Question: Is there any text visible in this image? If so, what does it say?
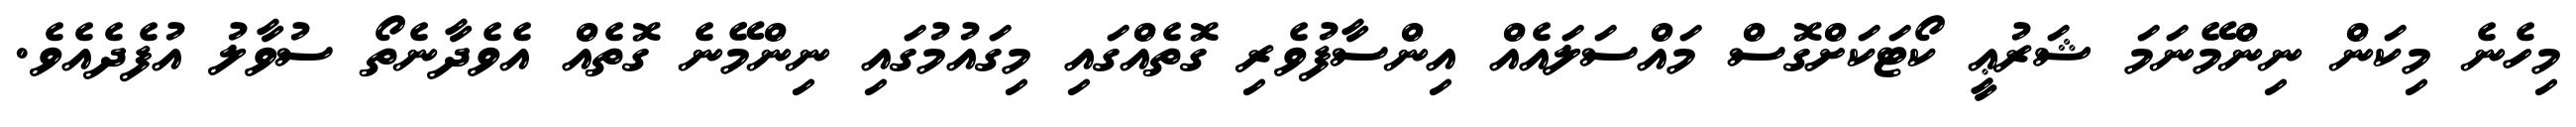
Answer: މިހެނެ މިކަން ނިންމޭނަމަ ޝަރުޢީ ކޯޓަކަށްގޮސް މައްސަލައެއް އިންސާފުވެރި ގޮތެއްގައި މިގައުމުގައި ނިންމޭނެ ގޮތެއް އެވެދާނެތޯ ސުވާލު އުފެދެއެވެ.